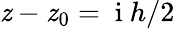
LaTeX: \mathit{z}-\mathit{z}_{0}=\mathrm{{~i~}}h/2